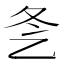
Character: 㐑